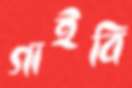
গাইবি